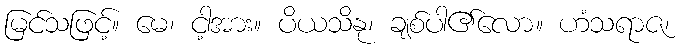
မြင်သဖြင့်။ မေ၊ ငါ့အား။ ပိယသိနု၊ ချစ်ပါ၏လော။ ဟံသရာဇ၊